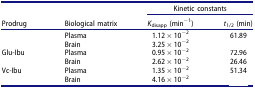
<table><thead><tr><td>[EMPTY_CELL]</td><td>[EMPTY_CELL]</td><td colspan="2"><b>Kinetic constants</b></td></tr><tr><td><b>Prodrug</b></td><td><b>Biological matrix</b></td><td><b><i>K</i><sub>disapp</sub> (min<sup>−1</sup>)</b></td><td><b><i>t</i><sub>1/2</sub> (min)</b></td></tr></thead><tbody><tr><td>[EMPTY_CELL]</td><td>Plasma</td><td>1.12 × 10<sup>−2</sup></td><td>61.89</td></tr><tr><td>[EMPTY_CELL]</td><td>Brain</td><td>3.25 × 10<sup>−2</sup></td><td>[EMPTY_CELL]</td></tr><tr><td>Glu-Ibu</td><td>Plasma</td><td>0.95 × 10<sup>−2</sup></td><td>72.96</td></tr><tr><td>[EMPTY_CELL]</td><td>Brain</td><td>2.62 × 10<sup>−2</sup></td><td>26.46</td></tr><tr><td>Vc-Ibu</td><td>Plasma</td><td>1.35 × 10<sup>−2</sup></td><td>51.34</td></tr><tr><td>[EMPTY_CELL]</td><td>Brain</td><td>4.16 × 10<sup>−2</sup></td><td>[EMPTY_CELL]</td></tr></tbody></table>